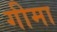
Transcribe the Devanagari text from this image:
गीमा